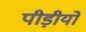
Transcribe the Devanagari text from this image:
पीड़ीयो